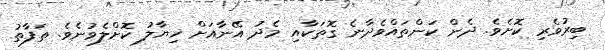
ބިރުވެރި ކޮށެވެ. ދެން ކަންތައްވެދާނެ ގޮތަކާއި މެދު އޭނާއަށް ޚިޔާލު ކޮށްލެވުނެވެ. ތަފާތު